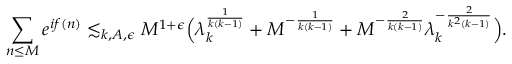
\sum _ { n \leq M } e ^ { i f ( n ) } \lesssim _ { k , A , \epsilon } M ^ { 1 + \epsilon } \Bigl ( \lambda _ { k } ^ { \frac { 1 } { k ( k - 1 ) } } + M ^ { - \frac { 1 } { k ( k - 1 ) } } + M ^ { - \frac { 2 } { k ( k - 1 ) } } \lambda _ { k } ^ { - \frac { 2 } { k ^ { 2 } ( k - 1 ) } } \Bigr ) .